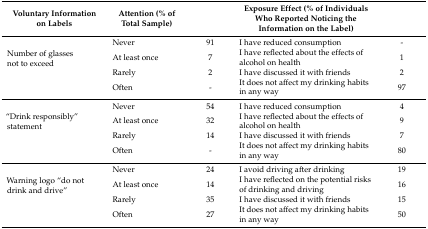
<table><thead><tr><td><b>Voluntary Information on Labels</b></td><td><b>Attention (% of Total Sample)</b></td><td></td><td><b>Exposure Effect (% of Individuals Who Reported Noticing the Information on the Label)</b></td><td></td></tr></thead><tbody><tr><td rowspan="4">Number of glasses not to exceed</td><td>Never</td><td>91</td><td>I have reduced consumption</td><td>-</td></tr><tr><td>At least once</td><td>7</td><td>I have reflected about the effects of alcohol on health</td><td>1</td></tr><tr><td>Rarely</td><td>2</td><td>I have discussed it with friends</td><td>2</td></tr><tr><td>Often</td><td>-</td><td>It does not affect my drinking habits in any way</td><td>97</td></tr><tr><td rowspan="4">“Drink responsibly” statement</td><td>Never</td><td>54</td><td>I have reduced consumption</td><td>4</td></tr><tr><td>At least once</td><td>32</td><td>I have reflected about the effects of alcohol on health</td><td>9</td></tr><tr><td>Rarely</td><td>14</td><td>I have discussed it with friends</td><td>7</td></tr><tr><td>Often</td><td>-</td><td>It does not affect my drinking habits in any way</td><td>80</td></tr><tr><td rowspan="4">Warning logo “do not drink and drive”</td><td>Never</td><td>24</td><td>I avoid driving after drinking</td><td>19</td></tr><tr><td>At least once</td><td>14</td><td>I have reflected on the potential risks of drinking and driving</td><td>16</td></tr><tr><td>Rarely</td><td>35</td><td>I have discussed it with friends</td><td>15</td></tr><tr><td>Often</td><td>27</td><td>It does not affect my drinking habits in any way</td><td>50</td></tr></tbody></table>